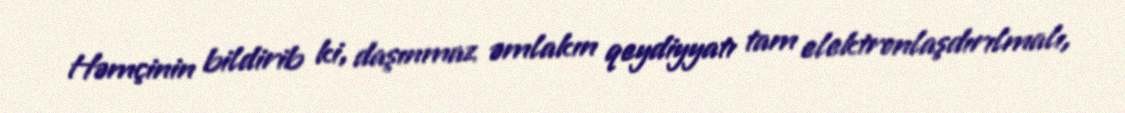
Həmçinin bildirib ki, daşınmaz əmlakın qeydiyyatı tam elektronlaşdırılmalı,